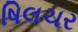
ષિલચર